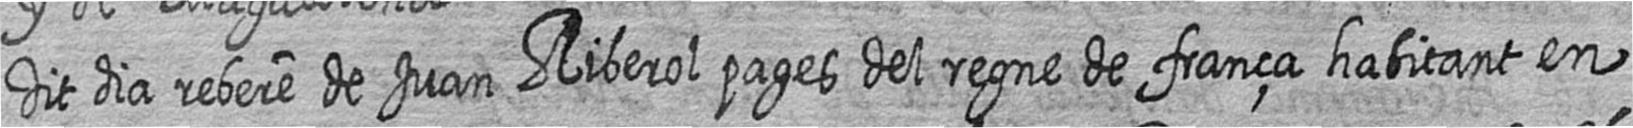
dit dia rebere de Juan Riberol pages del regne de frança habitant en